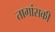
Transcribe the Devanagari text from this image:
तागांसकी